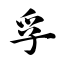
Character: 孚